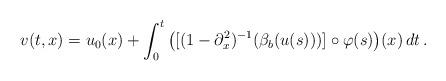
LaTeX: \begin{align*}v(t,x)=u_0(x)+\int_0^t\big([(1-\partial_x^2)^{-1}(\beta_b(u(s)))]\circ\varphi(s)\big)(x)\,dt\,.\end{align*}